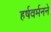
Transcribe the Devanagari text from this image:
हर्षवर्मनने